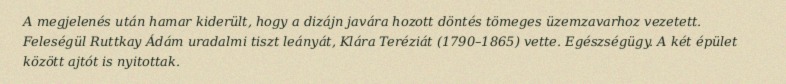
A megjelenés után hamar kiderült, hogy a dizájn javára hozott döntés tömeges üzemzavarhoz vezetett. Feleségül Ruttkay Ádám uradalmi tiszt leányát, Klára Teréziát (1790–1865) vette. Egészségügy. A két épület között ajtót is nyitottak.